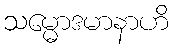
သမ္မောဒမာနာဟိ